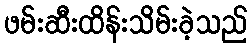
ဖမ်းဆီးထိန်းသိမ်းခဲ့သည်